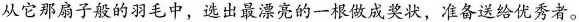
从它那扇子般的羽毛中，选出最漂亮的一根做成奖状，准备送给优秀者。